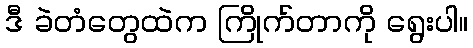
ဒီ ခဲတံတွေထဲက ကြိုက်တာကို ရွေးပါ။